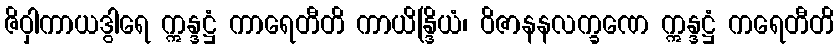
ဇိဝှါကာယဒွါရေ ဣန္ဒဋ္ဌံ ကာရေတီတိ ကာယိန္ဒြိယံ၊ ဝိဇာနနလက္ခဏေ ဣန္ဒဋ္ဌံ ကရေတီတိ